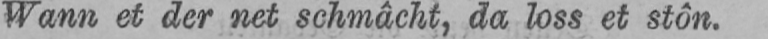
Wann et der net schmâcht, da loss et stôn.